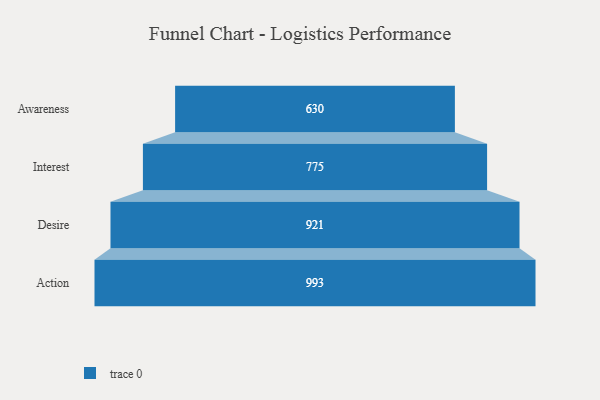
{"axis": {"x": "Stage", "y": "Value"}, "legend": [""], "data": [{"x": "Awareness", "y": 630.0, "type": ""}, {"x": "Interest", "y": 775.0, "type": ""}, {"x": "Desire", "y": 921.0, "type": ""}, {"x": "Action", "y": 993.0, "type": ""}]}